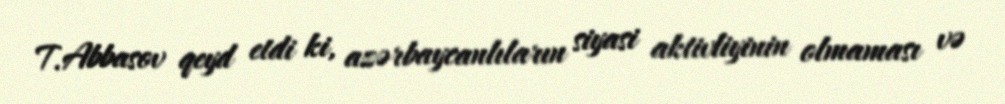
T.Abbasov qeyd etdi ki, azərbaycanlıların siyasi aktivliyinin olmaması və